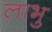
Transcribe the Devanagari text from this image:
लाभु